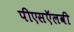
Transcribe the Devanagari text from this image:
पीएसऍलवी